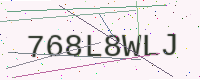
Text: 768L8WLJ